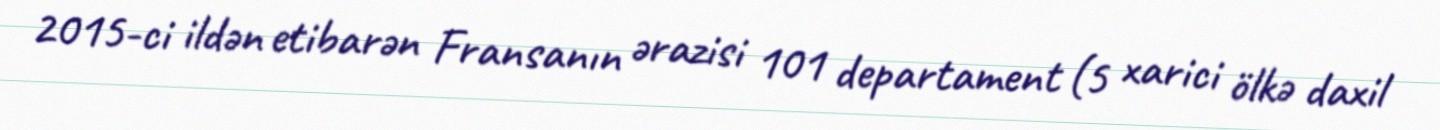
2015-ci ildən etibarən Fransanın ərazisi 101 departament (5 xarici ölkə daxil